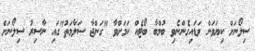
ސިލޯނަށް ކިޔަވަން ވަޑައިގެންނެވި ބުމްބާ ބޯޓެއް ކަމަށްވާ "ގަންޖާ ސަލާމަތު"ގައި ނާސިރު ސިލޯނަށް